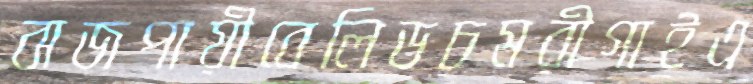
বাজপায়ীবেলিডচমরীগাইএ